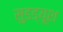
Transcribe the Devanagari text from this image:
सुडड्यूश